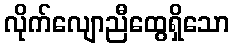
လိုက်လျောညီထွေရှိသော